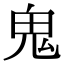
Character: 鬼